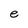
Character: e